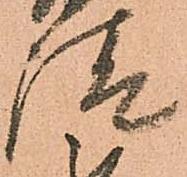
請